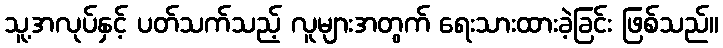
သူ့အလုပ်နှင့် ပတ်သက်သည့် လူများအတွက် ရေးသားထားခဲ့ခြင်း ဖြစ်သည်။